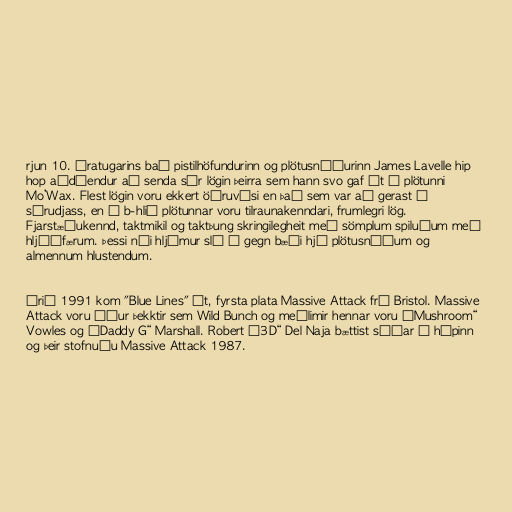
rjun 10. áratugarins bað pistilhöfundurinn og plötusnúðurinn James Lavelle hip
hop aðdáendur að senda sér lögin þeirra sem hann svo gaf út á plötunni
Mo’Wax. Flest lögin voru ekkert öðruvísi en það sem var að gerast í
sýrudjass, en á b-hlið plötunnar voru tilraunakenndari, frumlegri lög.
Fjarstæðukennd, taktmikil og taktþung skringilegheit með sömplum spiluðum með
hljóðfærum. Þessi nýi hljómur sló í gegn bæði hjá plötusnúðum og
almennum hlustendum.

Árið 1991 kom "Blue Lines" út, fyrsta plata Massive Attack frá Bristol. Massive
Attack voru áður þekktir sem Wild Bunch og meðlimir hennar voru „Mushroom“
Vowles og „Daddy G“ Marshall. Robert „3D“ Del Naja bættist síðar í hópinn
og þeir stofnuðu Massive Attack 1987.